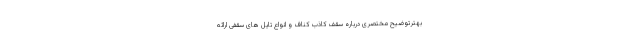
بهترتوضیح مختصری درباره سقف کاذب کناف و انواع تایل های سقفی ارائه